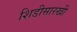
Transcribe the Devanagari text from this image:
शिडीसारखी